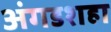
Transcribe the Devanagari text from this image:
अंगडशहा